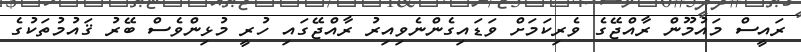
ރައީސް މައުމޫން ރާއްޖޭގެ ވެރިކަމަށް ވަޑައިގެންނެވިއިރު ރާއްޖޭގައި ހުރީ މުޅިންވެސް ބޭރު ޤައުމުތަކުގެ